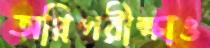
অগ্নিপরীক্ষাও